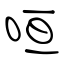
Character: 咺